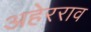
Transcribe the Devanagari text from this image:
अहेरराव